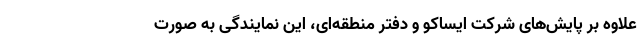
علاوه بر پایش‌های شرکت ایساکو و دفتر منطقه‌ای، این نمایندگی به صورت